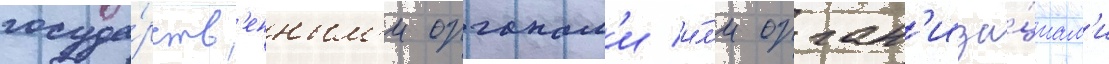
госуда́рств'енным'и органам'и и́л'и орган'иза́циам'и